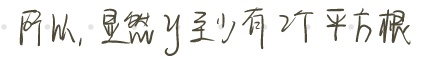
所以, 显然 $y$ 至少有 2 个平方根